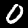
Digit: 0